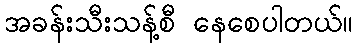
အခန်းသီးသန့်စီ နေစေပါတယ်။